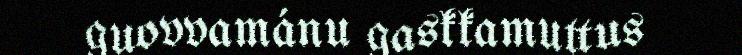
guovvamánu gaskkamuttus